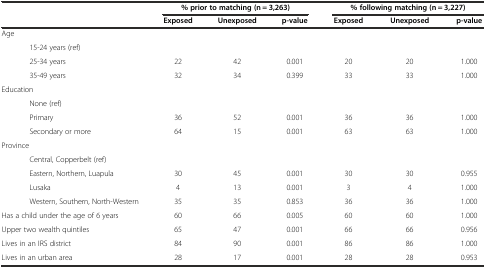
<table><thead><tr><td></td><td colspan="3"><b>% prior to matching (n = 3,263)</b></td><td colspan="3"><b>% following matching (n = 3,227)</b></td></tr><tr><td></td><td><b>Exposed</b></td><td><b>Unexposed</b></td><td><b>p-value</b></td><td><b>Exposed</b></td><td><b>Unexposed</b></td><td><b>p-value</b></td></tr></thead><tbody><tr><td>Age</td><td></td><td></td><td></td><td></td><td></td><td></td></tr><tr><td>15-24 years (ref)</td><td></td><td></td><td></td><td></td><td></td><td></td></tr><tr><td>25-34 years</td><td>22</td><td>42</td><td>0.001</td><td>20</td><td>20</td><td>1.000</td></tr><tr><td>35-49 years</td><td>32</td><td>34</td><td>0.399</td><td>33</td><td>33</td><td>1.000</td></tr><tr><td>Education</td><td></td><td></td><td></td><td></td><td></td><td></td></tr><tr><td>None (ref)</td><td></td><td></td><td></td><td></td><td></td><td></td></tr><tr><td>Primary</td><td>36</td><td>52</td><td>0.001</td><td>36</td><td>36</td><td>1.000</td></tr><tr><td>Secondary or more</td><td>64</td><td>15</td><td>0.001</td><td>63</td><td>63</td><td>1.000</td></tr><tr><td>Province</td><td></td><td></td><td></td><td></td><td></td><td></td></tr><tr><td>Central, Copperbelt (ref)</td><td></td><td></td><td></td><td></td><td></td><td></td></tr><tr><td>Eastern, Northern, Luapula</td><td>30</td><td>45</td><td>0.001</td><td>30</td><td>30</td><td>0.955</td></tr><tr><td>Lusaka</td><td>4</td><td>13</td><td>0.001</td><td>3</td><td>4</td><td>1.000</td></tr><tr><td>Western, Southern, North-Western</td><td>35</td><td>35</td><td>0.853</td><td>36</td><td>36</td><td>1.000</td></tr><tr><td>Has a child under the age of 6 years</td><td>60</td><td>66</td><td>0.005</td><td>60</td><td>60</td><td>1.000</td></tr><tr><td>Upper two wealth quintiles</td><td>65</td><td>47</td><td>0.001</td><td>66</td><td>66</td><td>0.956</td></tr><tr><td>Lives in an IRS district</td><td>84</td><td>90</td><td>0.001</td><td>86</td><td>86</td><td>1.000</td></tr><tr><td>Lives in an urban area</td><td>28</td><td>17</td><td>0.001</td><td>28</td><td>28</td><td>0.953</td></tr></tbody></table>